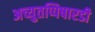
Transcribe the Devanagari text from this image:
अच्युतप्पिषारडी